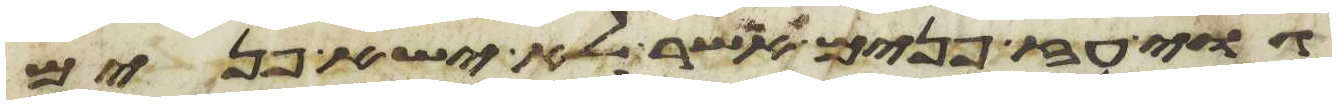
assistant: גוי עז פנים אשר לא ישא פנים